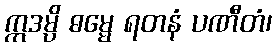
ဣဒမ္ပိ ဓမ္မေ ရတနံ ပဏီတံ၊